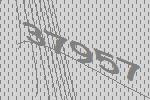
37957